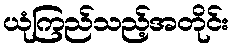
ယုံကြည်သည့်အတိုင်း